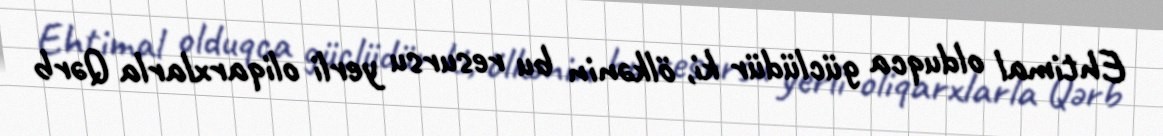
Ehtimal olduqca güclüdür ki, ölkənin bu resursu yerli oliqarxlarla Qərb